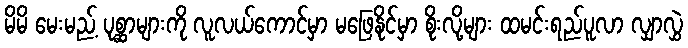
မိမိ မေးမည့် ပုစ္ဆာများကို လူလယ်ကောင်မှာ မဖြေနိုင်မှာ စိုးလို့များ ထမင်းရည်ပူလာ လျှာလွှဲ